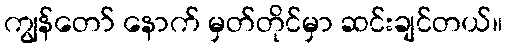
ကျွန်တော် နောက် မှတ်တိုင်မှာ ဆင်းချင်တယ်။